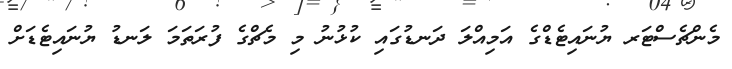
މެންޗެސްޓަރ ޔުނައިޓެޑްގެ އަމިއްލަ ދަނޑުގައި ކުޅުނު މި މެޗްގެ ފުރަތަމަ ލަނޑު ޔުނައިޓެޑަށް